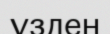
үзден